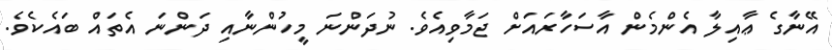
އޭނާގެ ޢާއިލާ އެންމެން އާސަހާރައަށް ޖަމާވިއެވެ. ނުދަންނަ މީހުންނާއި ދަންނަ އެތައް ބައެކެވެ.